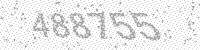
Solution: 488755